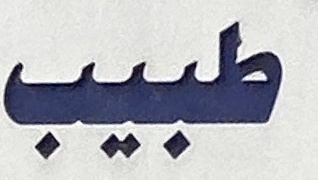
طبيب